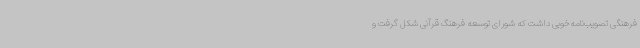
فرهنگی تصویب‌نامه‌خوبی داشت که شورای توسعه فرهنگ قرآنی شکل گرفت و